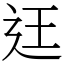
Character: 迋